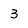
Character: 3